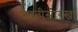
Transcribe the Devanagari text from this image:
पद्घतीसारखा